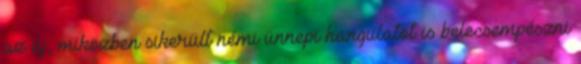
az új, miközben sikerült némi ünnepi hangulatot is belecsempészni